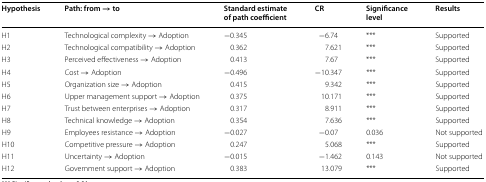
<table><thead><tr><td><b>Hypothesis</b></td><td><b>Path: from → to</b></td><td><b>Standard estimate of path coefficient</b></td><td><b>CR</b></td><td><b>Significance level</b></td><td><b>Results</b></td></tr></thead><tbody><tr><td>H1</td><td>Technological complexity → Adoption</td><td>−0.345</td><td>−6.74</td><td>***</td><td>Supported</td></tr><tr><td>H2</td><td>Technological compatibility → Adoption</td><td>0.362</td><td>7.621</td><td>***</td><td>Supported</td></tr><tr><td>H3</td><td>Perceived effectiveness → Adoption</td><td>0.413</td><td>7.67</td><td>***</td><td>Supported</td></tr><tr><td>H4</td><td>Cost → Adoption</td><td>−0.496</td><td>−10.347</td><td>***</td><td>Supported</td></tr><tr><td>H5</td><td>Organization size → Adoption</td><td>0.415</td><td>9.342</td><td>***</td><td>Supported</td></tr><tr><td>H6</td><td>Upper management support → Adoption</td><td>0.375</td><td>10.171</td><td>***</td><td>Supported</td></tr><tr><td>H7</td><td>Trust between enterprises → Adoption</td><td>0.317</td><td>8.911</td><td>***</td><td>Supported</td></tr><tr><td>H8</td><td>Technical knowledge → Adoption</td><td>0.354</td><td>7.636</td><td>***</td><td>Supported</td></tr><tr><td>H9</td><td>Employees resistance → Adoption</td><td>−0.027</td><td>−0.07</td><td>0.036</td><td>Not supported</td></tr><tr><td>H10</td><td>Competitive pressure → Adoption</td><td>0.247</td><td>5.068</td><td>***</td><td>Supported</td></tr><tr><td>H11</td><td>Uncertainty → Adoption</td><td>−0.015</td><td>−1.462</td><td>0.143</td><td>Not supported</td></tr><tr><td>H12</td><td>Government support → Adoption</td><td>0.383</td><td>13.079</td><td>***</td><td>Supported</td></tr></tbody></table>